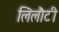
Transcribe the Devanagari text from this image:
लिलौटी